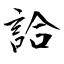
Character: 詥